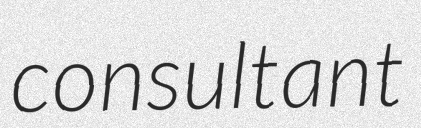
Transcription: consultant